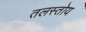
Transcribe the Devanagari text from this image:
तलस्तोय